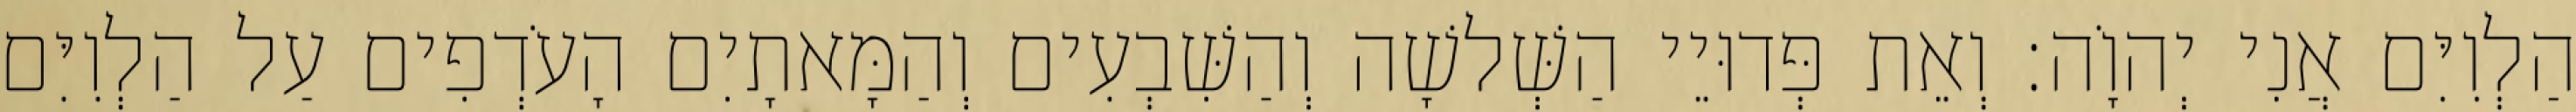
הַלְוִיִּם אֲנִי יְהוָֹה׃ וְאֵת פְּדוּיֵי הַשְּׁלשָׁה וְהַשִּׁבְעִים וְהַמָּאתָיִם הָעֹדְפִים עַל הַלְוִיִּם